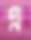
এ